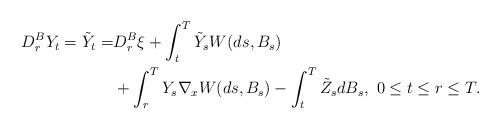
LaTeX: \begin{align*} D_r^BY_t =\tilde Y_t =& D_r^B \xi + \int_t^T \tilde Y_s {{W}}(ds,B_s) \\ & +\int_r^T Y_s \nabla_x {{W}} (ds, B_s) -\int_t^T \tilde Z_s dB_s,\ 0\leq t\leq r\leq T. \end{align*}